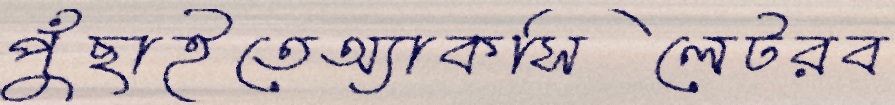
পুঁছাইতেঅ্যাকসিলেটরব